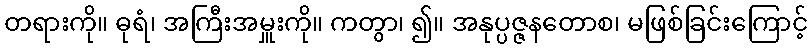
တရားကို။ ဓုရံ၊ အကြီးအမှူးကို။ ကတွာ၊ ၍။ အနုပ္ပဇ္ဇနတောစ၊ မဖြစ်ခြင်းကြောင့်